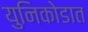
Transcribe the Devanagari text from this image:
युनिकोडात